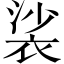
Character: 裟